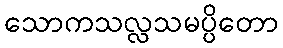
သောကသလ္လသမပ္ပိတော